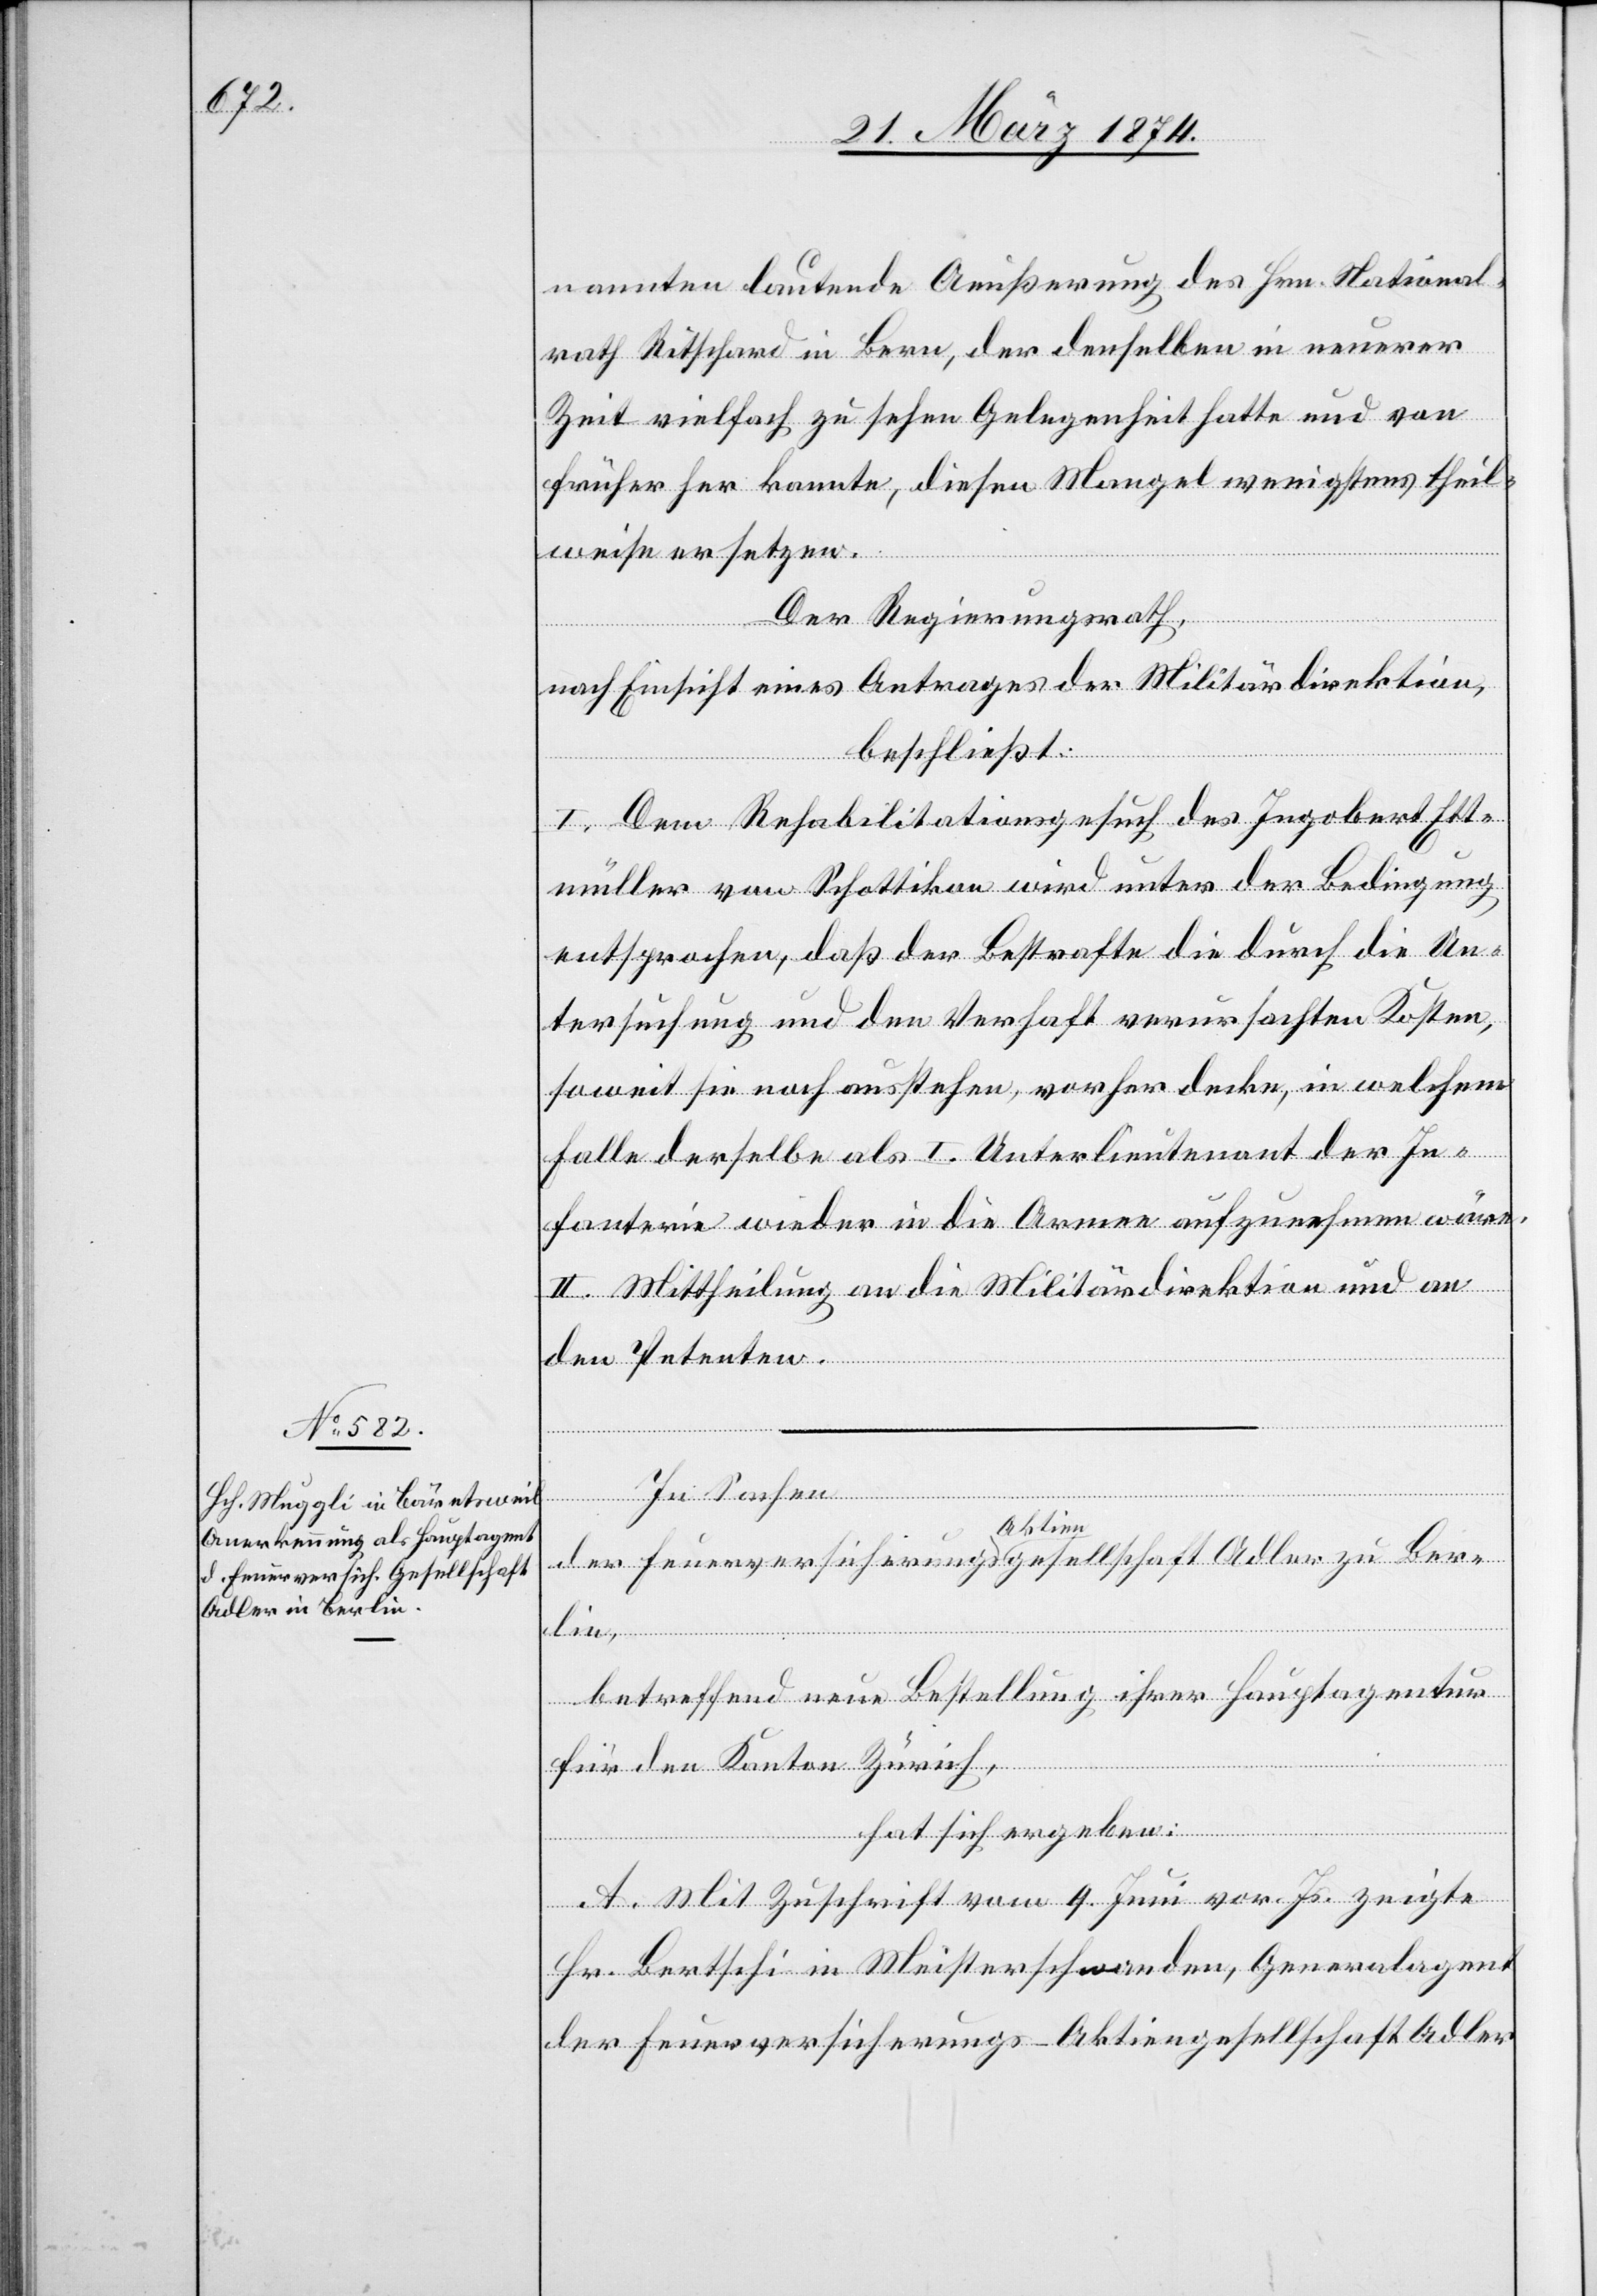
nannten lautende Aeußerung des Hrn. National¬
rath Ritschard in Bern, der denselben in neuerer
Zeit vielfach zu sehen Gelegenheit hatte und von
früher her kannte, diesen Mangel wenigstens theil¬
weise ersetzen.
Der Regierungsrath,
nach Einsicht eines Antrages der Militärdirektion,
beschließt:
I. Dem Rehabilitationsgesuch des Ingobert Ett¬
müller von Schottikon wird unter der Bedingung
entsprochen, daß der Bestrafte die durch die Un¬
tersuchung und den Verhaft verursachten Kosten,
soweit sei noch ausstehen, vorher decke, in welchem
Falle derselbe als I. Unterlieutenant der In¬
fanterie wieder in die Armee aufzunehmen wäre.
II. Mittheilung an die Militärdirektion und an
den Petenten.
Berlin,
betreffend neue Bestellung ihrer Hauptagentur
für den Kanton Zürich,
hat sich ergeben:
A. Mit Zuschrift vom 9. Juni vor. Js. zeigte
Hr. Bertschi in Meisterschwanden, Generalagent
der Feuerversicherungs-Aktiengesellschaft Adler